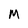
Character: M